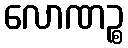
လောဏဉ္စ